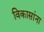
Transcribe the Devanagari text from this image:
विकासांना